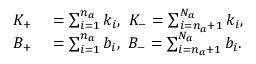
\begin{array} { r l } { K _ { + } } & { { } = \sum _ { i = 1 } ^ { n _ { a } } k _ { i } , \mathrm { ~ } K _ { - } = \sum _ { i = n _ { a } + 1 } ^ { N _ { a } } k _ { i } , } \\ { B _ { + } } & { { } = \sum _ { i = 1 } ^ { n _ { a } } b _ { i } , \mathrm { ~ } B _ { - } = \sum _ { i = n _ { a } + 1 } ^ { N _ { a } } b _ { i } . } \end{array}